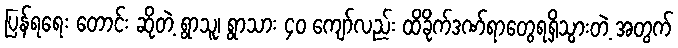
ပြန်ရရေး တောင်း ဆိုတဲ့ ရွာသူ၊ ရွာသား ၄၀ ကျော်လည်း ထိခိုက်ဒဏ်ရာတွေရရှိသွားတဲ့ အတွက်